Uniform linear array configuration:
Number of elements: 12
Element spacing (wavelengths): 1
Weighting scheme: kaiser
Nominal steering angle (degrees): -30
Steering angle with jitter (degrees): -29.544
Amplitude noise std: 0.05
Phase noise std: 0.05

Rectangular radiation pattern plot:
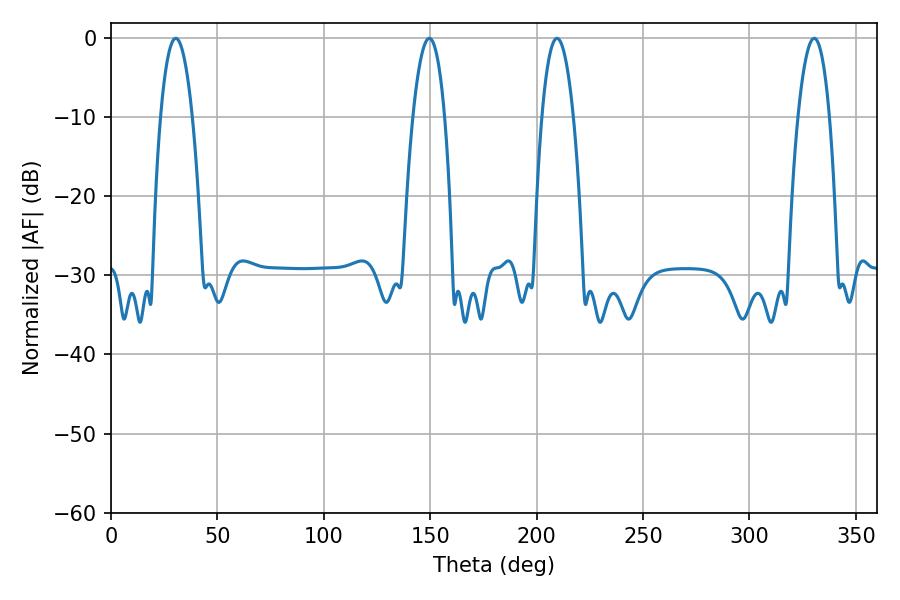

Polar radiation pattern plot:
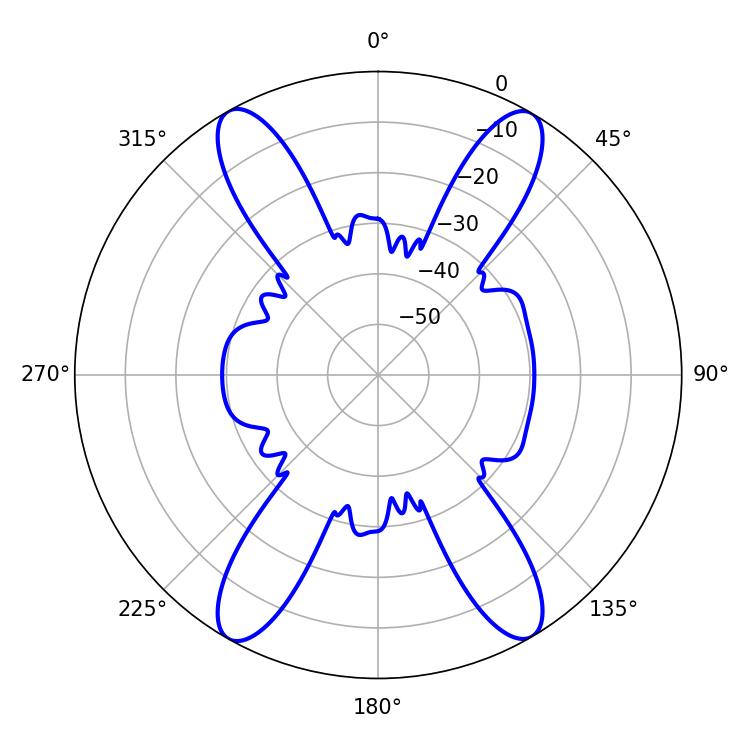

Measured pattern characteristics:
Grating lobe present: TRUE
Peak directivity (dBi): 25.226
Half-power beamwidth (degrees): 8.28
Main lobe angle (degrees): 30.42